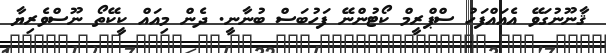
ޤާނޫނުގަވޭ އެއަައްފަހު ސްޕްރީމް ކޯޓުންނޭ ފަހުބަސް ބުނާނީ. ދެން މިއައް ކީކޭތޯ ނޫސްވެރިޔާ